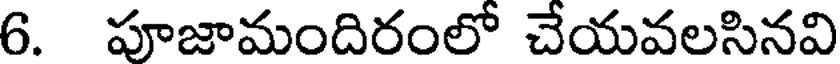
6. పూజామందిరంలో చేయవలసినవి